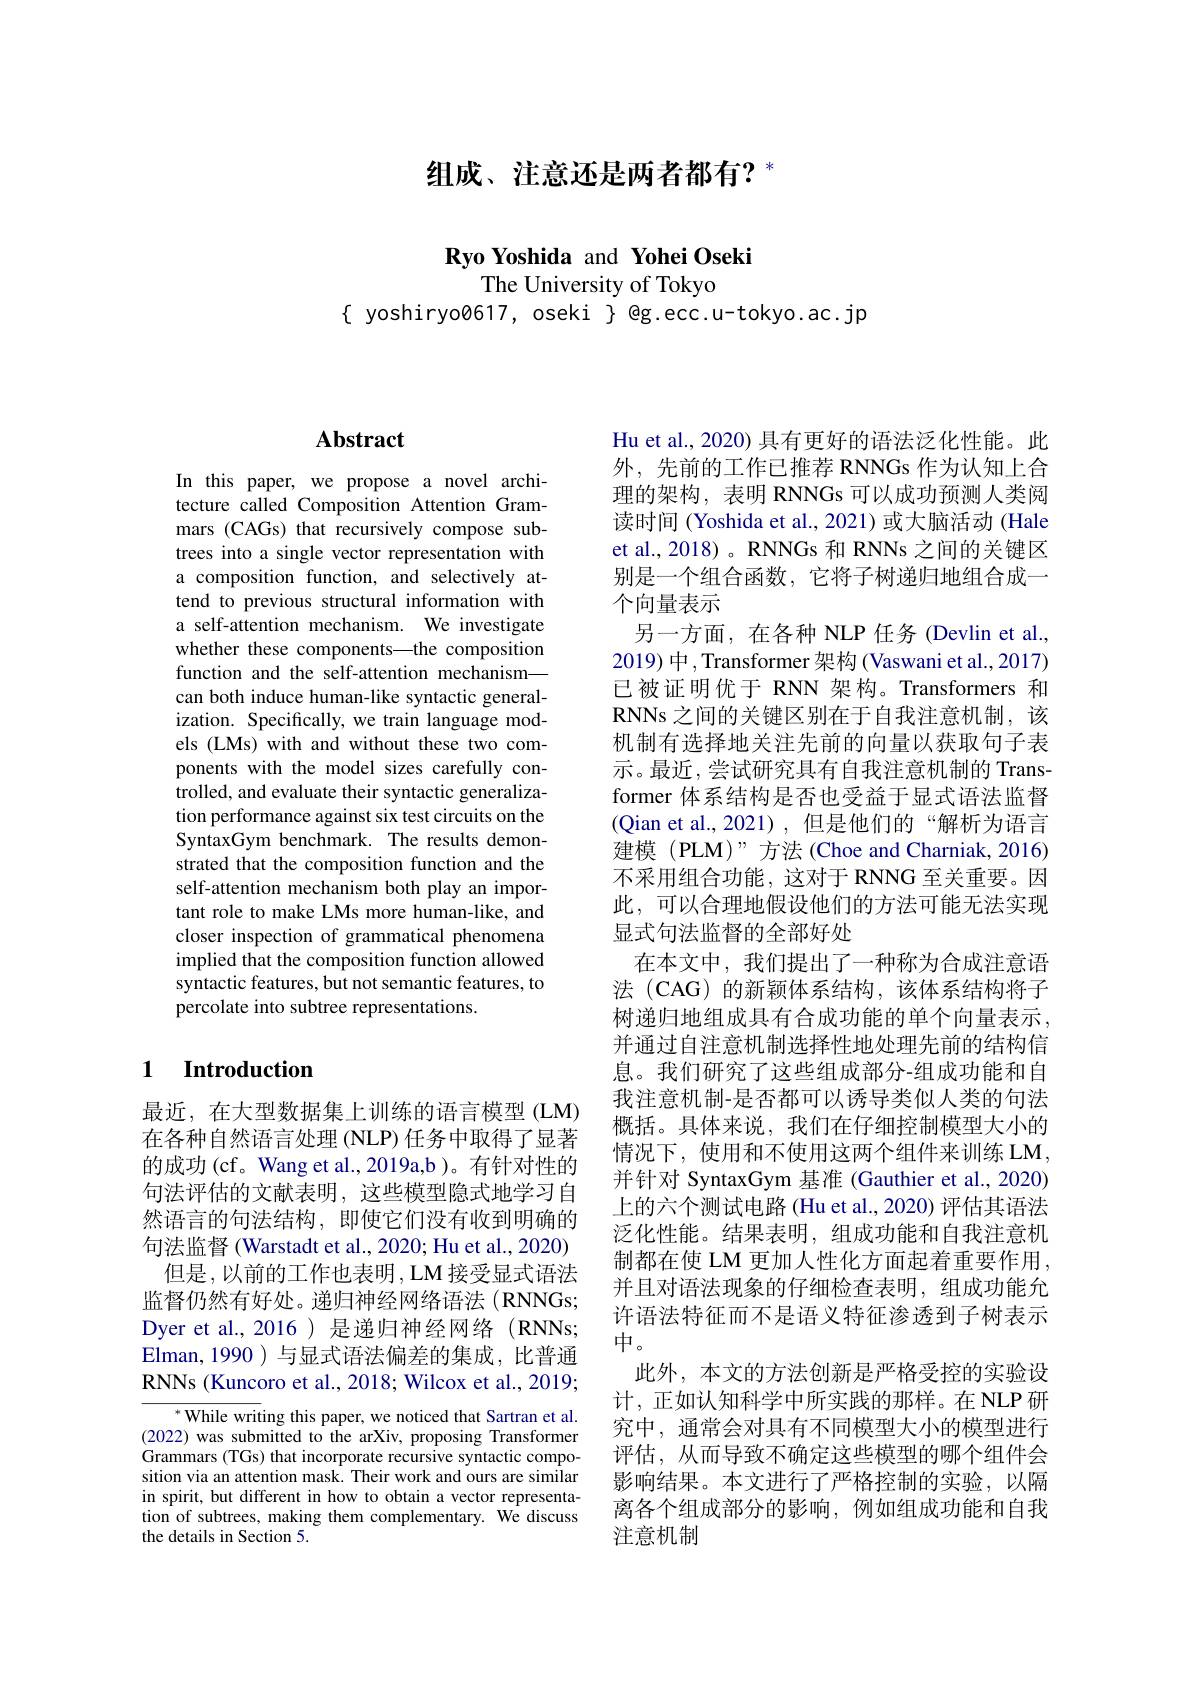
组成、注意还是两者都有$?^*$

Ryo Yoshida and Yohei Oseki

The University of Tokyo

$\{$ yoshiryoø617, oseki $\}$ @g.ecc.u-tokyo.ac.jp

# Abstract

In this paper, we propose a novel architecture called Composition Attention Grammars (CAGs) that recursively compose subtrees into a single vector representation with a composition function, and selectively attend to previous structural information with a self-attention mechanism. We investigate whether these components—the composition function and the self-attention mechanism— can both induce human-like syntactic generalization. Specifically, we train language models (LMs) with and without these two components with the model sizes carefully controlled, and evaluate their syntactic generalization performance against six test circuits on the SyntaxGym benchmark. The results demonstrated that the composition function and the self-attention mechanism both play an important role to make LMs more human-like, and closer inspection of grammatical phenomena implied that the composition function allowed syntactic features, but not semantic features, to percolate into subtree representations.

### 1 $\textbf{Introduction}$

最近，在大型数据集上训练的语言模型(LM) 在各种自然语言处理(NLP) 任务中取得了显著的成功(cf。Wang et al.,2019a,b)。有针对性的句法评估的文献表明，这些模型隐式地学习自然语言的句法结构，即使它们没有收到明确的句法监督 (Warstadt et al., 2020; Hu et al., 2020)
但是，以前的工作也表明，LM接受显式语法监督仍然有好处。递归神经网络语法(RNNGs; Dyer et al.,2016 ) 是递归神经网络 (RNNs; Elman,1990 ) 与显式语法偏差的集成，比普通RNNs (Kuncoro et al., 2018; Wilcox et al., 2019;

$^*$While writing this paper, we noticed that Sartran et al. (2022) was submitted to the arXiv, proposing Transformer Grammars (TGs) that incorporate recursive syntactic composition via an attention mask. Their work and ours are similar in spirit, but different in how to obtain a vector representation of subtrees, making them complementary. We discuss the details in Section 5.

Hu et al., 2020) 具有更好的语法泛化性能。此外，先前的工作已推荐 RNNGs 作为认知上合理的架构，表明 RNNGs 可以成功预测人类阅读时间 (Yoshida et al., 2021) 或大脑活动 (Hale et al., 2018)。RNNGs 和 RNNs 之间的关键区别是一个组合函数，它将子树递归地组合成一个向量表示
另一方面，在各种 NLP 任务 (Devlin et al., 2019) 中，Transformer 架构 (Vaswani et al., 2017) 已被证明优于 RNN 架构。Transformers 和RNNs 之间的关键区别在于自我注意机制，该机制有选择地关注先前的向量以获取句子表示。最近，尝试研究具有自我注意机制的 Transformer 体系结构是否也受益于显式语法监督(Qian et al.,2021),但是他们的“解析为语言建模 (PLM)”方法 (Choe and Charniak,2016) 不采用组合功能，这对于 RNNG 至关重要。因此，可以合理地假设他们的方法可能无法实现显式句法监督的全部好处
在本文中，我们提出了一种称为合成注意语法 (CAG) 的新颖体系结构，该体系结构将子树递归地组成具有合成功能的单个向量表示， 并通过自注意机制选择性地处理先前的结构信息。我们研究了这些组成部分-组成功能和自我注意机制-是否都可以诱导类似人类的句法概括。具体来说，我们在仔细控制模型大小的情况下，使用和不使用这两个组件来训练 LM, 并针对 SyntaxGym 基准 (Gauthier et al., 2020) 上的六个测试电路 (Hu et al., 2020) 评估其语法泛化性能。结果表明，组成功能和自我注意机制都在使 LM 更加人性化方面起着重要作用， 并且对语法现象的仔细检查表明，组成功能允许语法特征而不是语义特征渗透到子树表示中。
此外，本文的方法创新是严格受控的实验设计，正如认知科学中所实践的那样。在 NLP 研究中，通常会对具有不同模型大小的模型进行评估，从而导致不确定这些模型的哪个组件会影响结果。本文进行了严格控制的实验，以隔离各个组成部分的影响，例如组成功能和自我注意机制